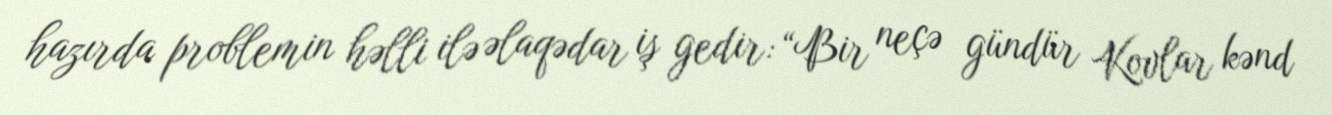
hazırda problemin həlli ilə əlaqədar iş gedir: “Bir neçə gündür Kovlar kənd